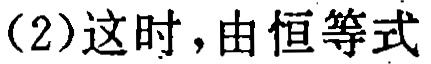
（2）这时，由恒等式